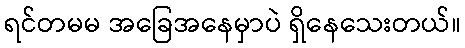
ရင်တမမ အခြေအနေမှာပဲ ရှိနေသေးတယ်။